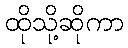
ထိုသို့ဆိုကာ